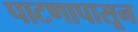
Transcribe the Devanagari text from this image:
पाटणापासून